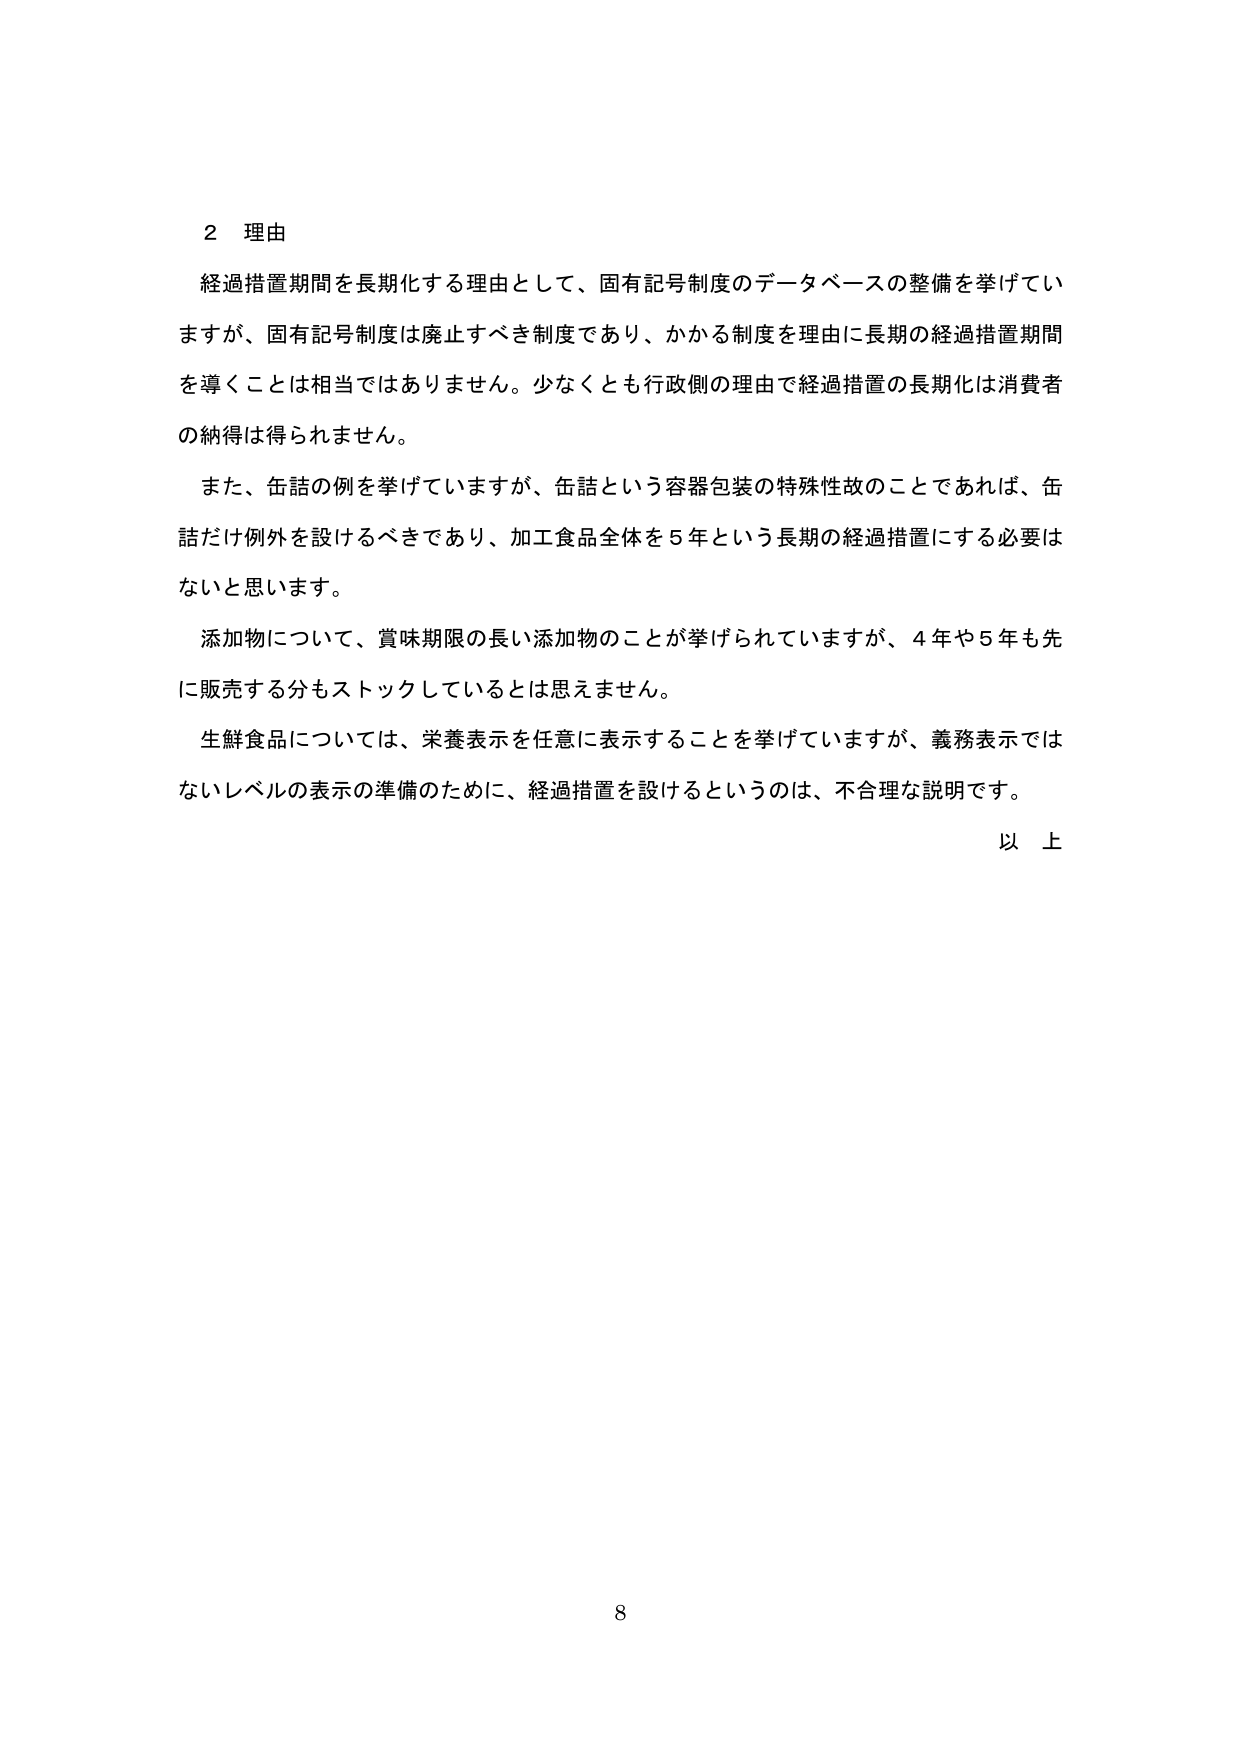
2 理由
経過措置期間を長期化する理由として、固有記号制度のデータベースの整備を挙げていますが、固有記号制度は廃止すべき制度であり、かかる制度を理由に長期の経過措置期間を導くことは相当ではありません。少なくとも行政側の理由で経過措置の長期化は消費者の納得は得られません。
また、缶詰の例を挙げていますが、缶詰という容器包装の特殊性故のことであれば、缶詰だけ例外を設けるべきであり、加工食品全体を5年という長期の経過措置にする必要はないと思います。
添加物について、賞味期限の長い添加物のことが挙げられていますが、4年や5年も先に販売する分もストックしているとは思えません。
生鮮食品については、栄養表示を任意に表示することを挙げていますが、義務表示ではないレベルの表示の準備のために、経過措置を設けるというのは、不合理な説明です。
以上
8